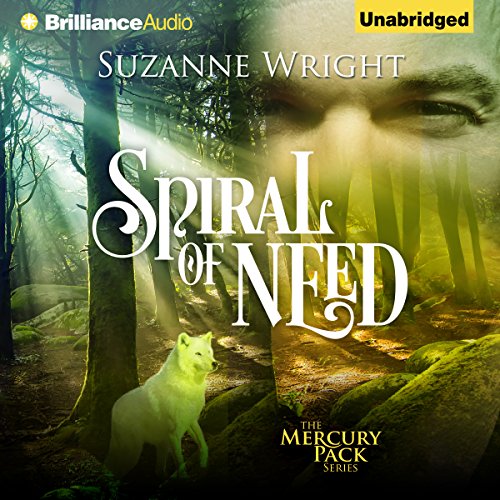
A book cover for Spiral of Need: Mercury Pack, Book 1; Suzanne Wright; Romance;